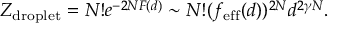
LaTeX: Z _ { \mathrm { d r o p l e t } } = N ! e ^ { - 2 N F ( d ) } \sim N ! ( f _ { \mathrm { e f f } } ( d ) ) ^ { 2 N } d ^ { 2 \gamma N } .